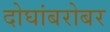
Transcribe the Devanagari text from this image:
दोघांबरोबर